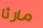
مارثا